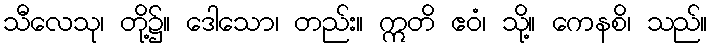
သီလေသု၊ တို့၌။ ဒေါသော၊ တည်း။ ဣတိ ဧဝံ၊ သို့။ ကေနစိ၊ သည်။